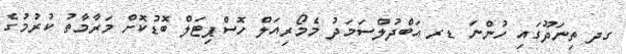
ގދ ތިނަދޫގައި ހުންނަ ޑރ އަބްދުލްސަމަދު މެމޯރިއަލް ހޮސްޕިޓަލް ބޮޑުކޮށް މަރާމާތު ކުރުމުގެ